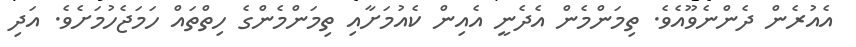
އެއުރެން ދެންނެވޫއެވެ. ތިމަންމެން އެދެނީ އެއިން ކެއުމަށާއި ތިމަންމެންގެ ހިތްތައް ހަމަޖެހުމަށެވެ. އަދި